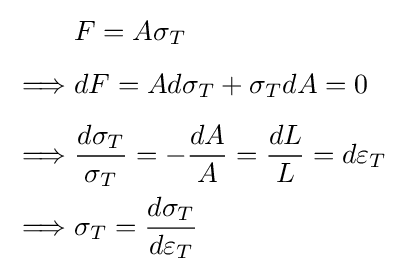
{\begin{aligned}&F=A\sigma _{T}\\[4pt]\implies &dF=Ad\sigma _{T}+\sigma _{T}dA=0\\[4pt]\implies &{\frac {d\sigma _{T}}{\sigma _{T}}}=-{\frac {dA}{A}}={\frac {dL}{L}}=d\varepsilon _{T}\\\implies &\sigma _{T}={\frac {d\sigma _{T}}{d\varepsilon _{T}}}\end{aligned}}